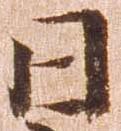
日